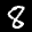
Label: 8